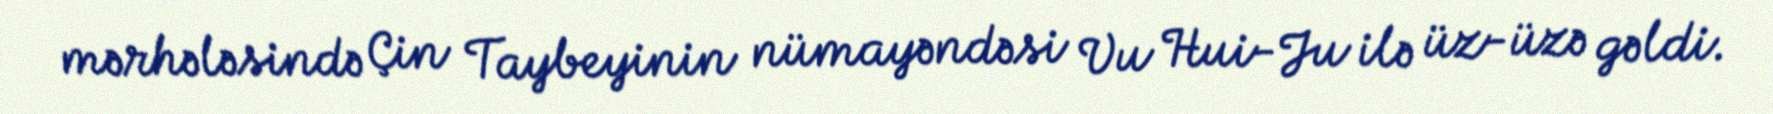
mərhələsində Çin Taybeyinin nümayəndəsi Vu Hui-Ju ilə üz-üzə gəldi.